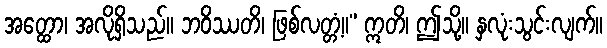
အတ္ထော၊ အလိုရှိသည်။ ဘဝိဿတိ၊ ဖြစ်လတ္တံ့။” ဣတိ၊ ဤသို့။ နှလုံးသွင်းလျက်။